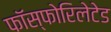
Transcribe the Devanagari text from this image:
फॉस्फोरिलेटेड